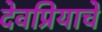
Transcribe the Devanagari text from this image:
देवप्रियाचे